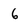
Character: 6